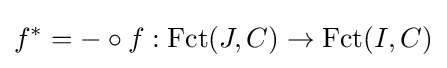
f^{*}=-\circ f:\operatorname {Fct} (J,C)\to \operatorname {Fct} (I,C)